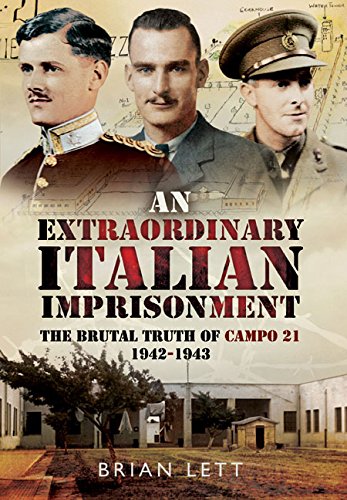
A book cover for An Extraordinary Italian Imprisonment: The Brutal Truth of Campo 21, 1942-3; Brian Lett; History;